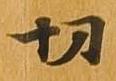
切